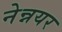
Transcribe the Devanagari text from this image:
नेन्नयर